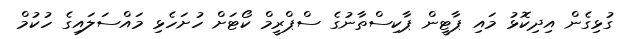
ގުޅިގެން އިދިކޮޅު މައި ޕާޓީން ޕާކިސްތާނުގެ ސްޕްރީމް ކޯޓަށް ހުށަހެޅި މައްސަލައިގެ ހުކުމް